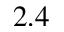
2 . 4